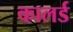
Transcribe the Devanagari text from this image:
कालर्ड